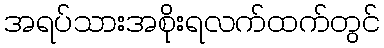
အရပ်သားအစိုးရလက်ထက်တွင်